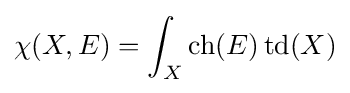
\chi (X,E)=\int _{X}\operatorname {ch} (E)\operatorname {td} (X)